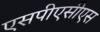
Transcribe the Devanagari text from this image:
एसपीएसीएस